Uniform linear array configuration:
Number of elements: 12
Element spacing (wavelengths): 0.25
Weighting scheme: blackman
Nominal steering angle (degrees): -60
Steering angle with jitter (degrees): -61.96
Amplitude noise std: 0.05
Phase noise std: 0.05

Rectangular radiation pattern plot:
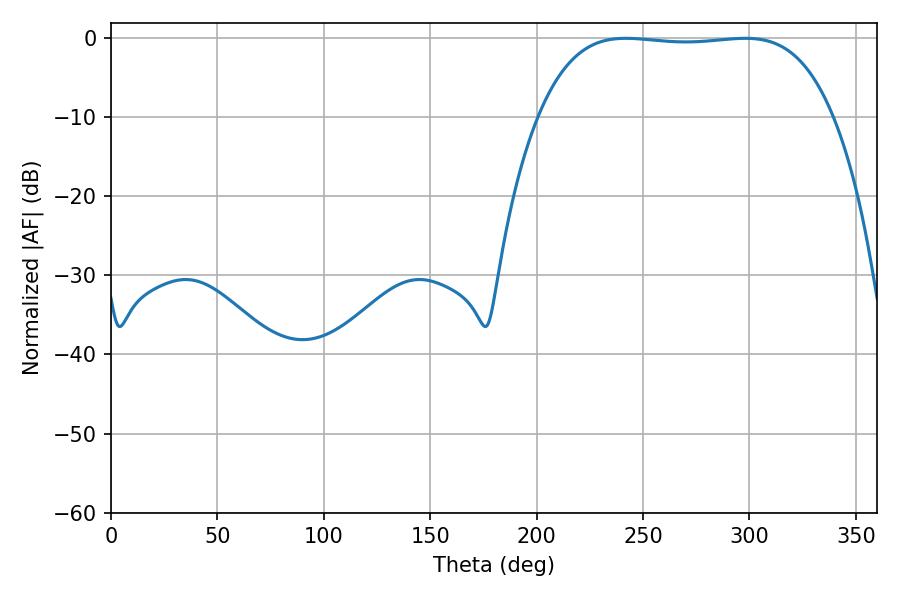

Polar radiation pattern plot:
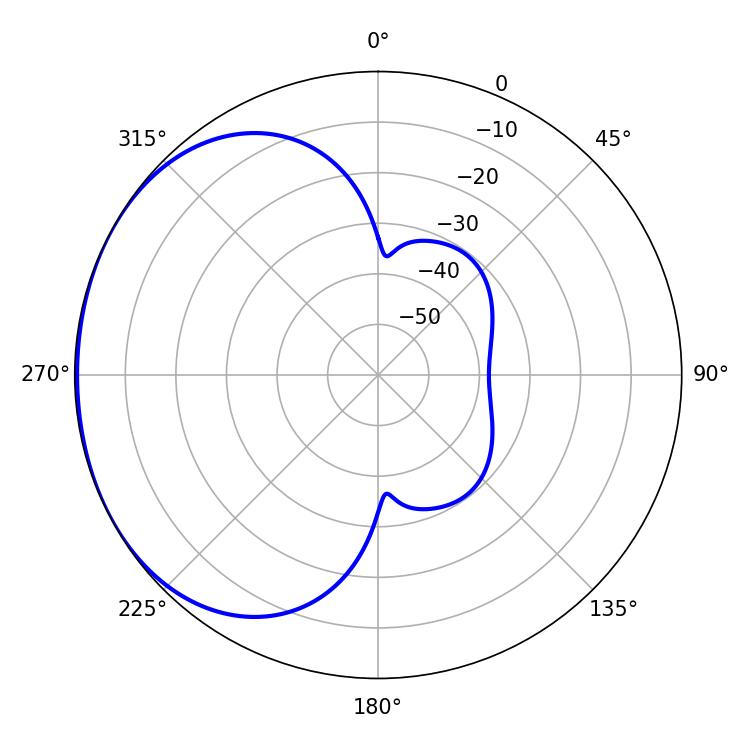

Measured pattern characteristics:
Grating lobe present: FALSE
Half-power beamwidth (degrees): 108.36
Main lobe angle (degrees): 241.92